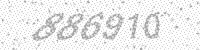
Solution: 886910